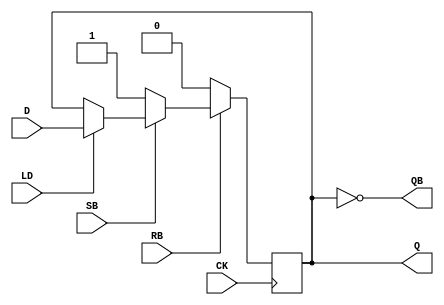
module DFF_sync(CK, D, LD, Q, QB, RB, SB);
    input   CK, D, LD, RB, SB;
    output  Q, QB;
    reg     Q;

    always @(posedge CK) begin
        if (RB==1'b0)
            Q <= 1'b0;
        else if (SB == 1'b0)
            Q <= 1'b1;
        else if (LD)
            Q <= D;
    end

    assign QB = ~Q;

endmodule